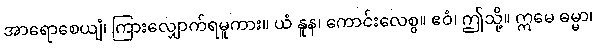
အာရောစေယျံ၊ ကြားလျှောက်ရမူကား။ ယံ နူန၊ ကောင်းလေစွ။ ဧဝံ၊ ဤသို့။ ဣမေ ဓမ္မာ၊